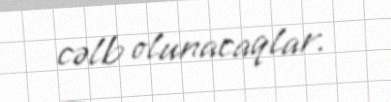
cəlb olunacaqlar.